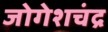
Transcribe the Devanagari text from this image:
जोगेशचंद्र